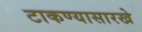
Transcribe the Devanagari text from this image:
टाकण्यासारखे